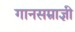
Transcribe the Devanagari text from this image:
गानसम्राज्ञी